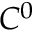
C ^ { 0 }